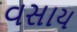
વસાય